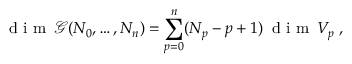
\textrm { d i m } \, \mathcal { G } ( N _ { 0 } , \ldots , N _ { n } ) = \sum _ { p = 0 } ^ { n } ( N _ { p } - p + 1 ) \, \textrm { d i m } \, V _ { p } \; ,